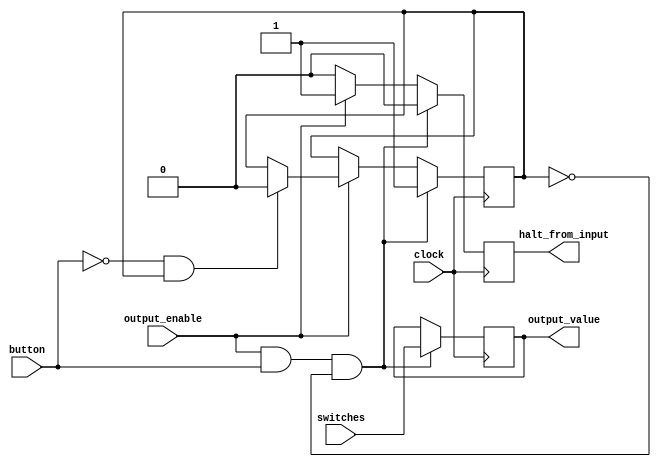
module Input (
    clock,
    button,
    output_enable,
    switches,
    halt_from_input,
    output_value
);

input wire clock;
input wire button;
input wire output_enable;
input wire [17:0] switches;

output reg halt_from_input;
output reg [17:0] output_value;

reg is_pressed;

initial begin
    is_pressed <= 1'b1;
end

always @(posedge clock) begin
    if (output_enable == 1 && button == 1 && is_pressed == 0) begin
        // No apertado -> Apertado
        output_value <= switches;
        is_pressed <= 1;
        halt_from_input <= 0;
    end else if (output_enable == 1) begin
        if (button == 0 && is_pressed == 1) begin
            // Apertado -> No apertado
            is_pressed <= 0;
        end
        halt_from_input <= 1;
    end else begin
        halt_from_input <= 0;
    end
end

endmodule